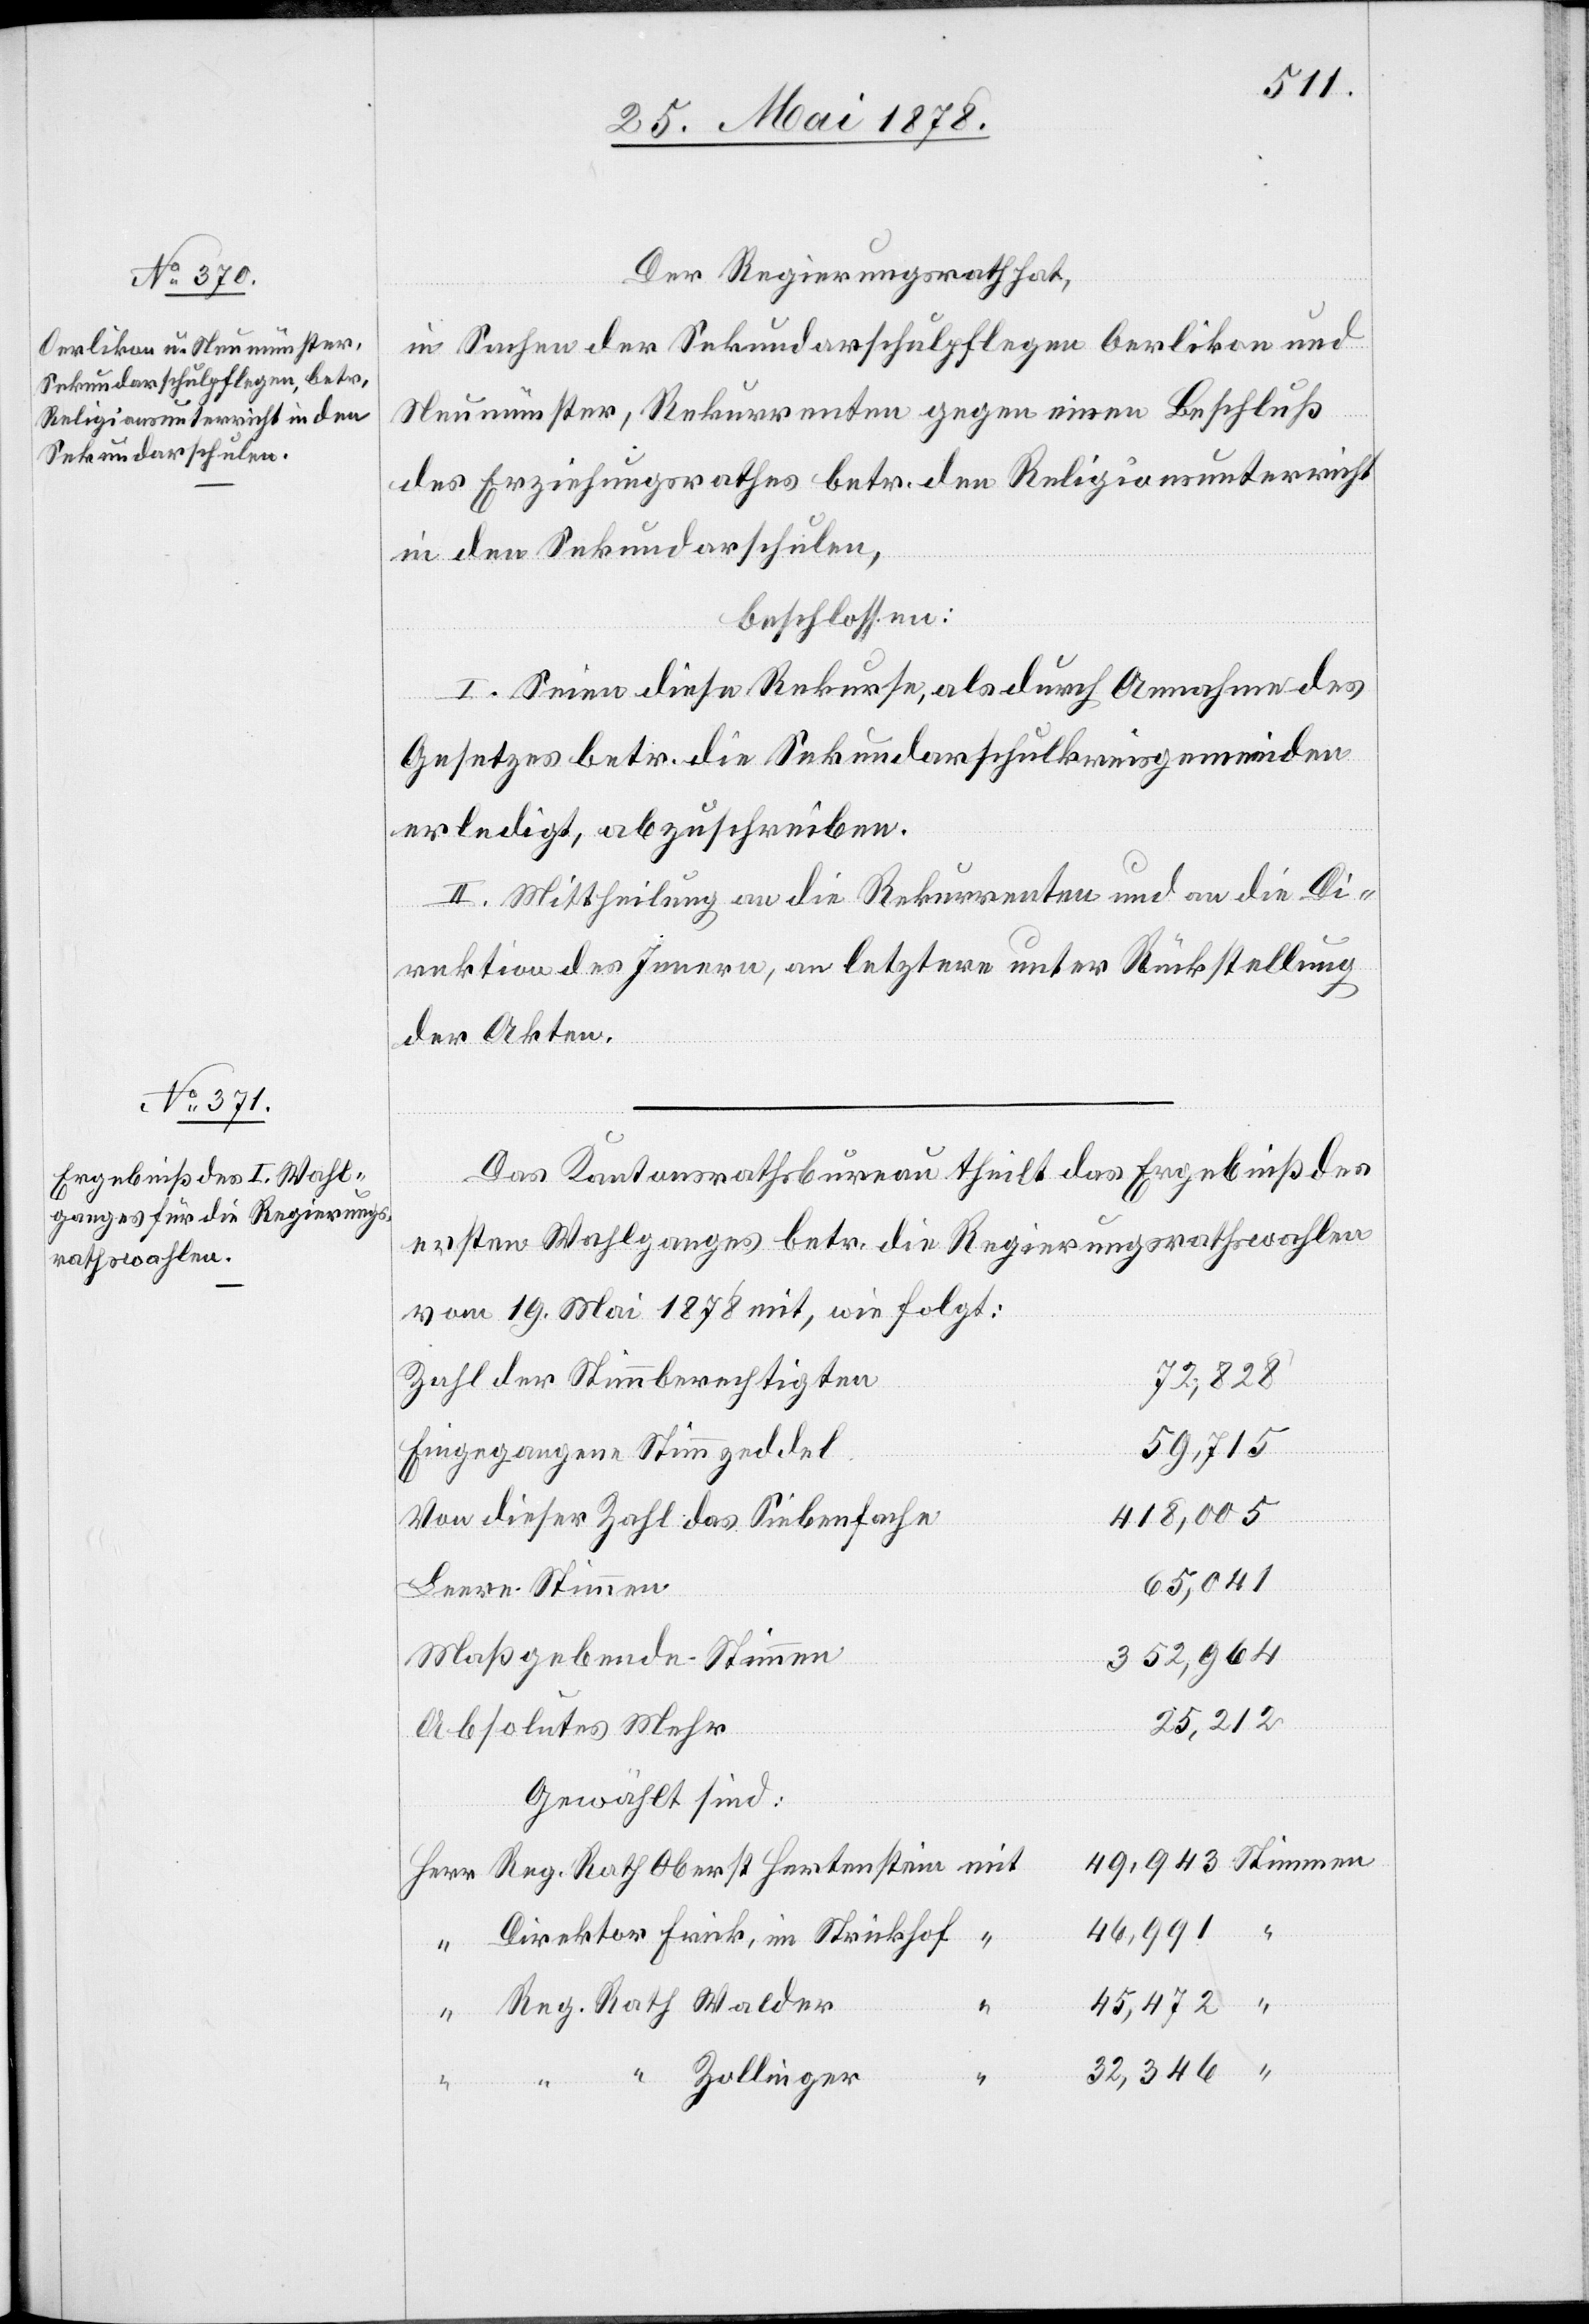
Der Regierungsrath hat,
in Sachen der Sekundarschulpflege Oerlikon und
Neumünster, Rekurrenten gegen einen Beschluß
des Erziehungsrathes betr. den Religionsunterricht
in den Sekundarschulen,
beschlossen:
I. Seien diese Rekurse, als durch Annahme des
Gesetzes betr. die Sekundarschulkreisgemeinden
erledigt, abzuschreiben.
II. Mittheilung an die Rekurrenten und an die Di¬
rektion des Innern, an letztere unter Rückstellung
der Akten.
Das Kantonsrathsbureau theilt das Ergebniß des
ersten Wahlganges betr. die Regierungsrathswahlen
vom 19. Mai 1878 mit, wie folgt:
Zahl der Stimmberechtigten
72,828
59,715
Eingegangene Stimmzeddel
418,005
Von dieser Zahl des Siebenfache
65,041
Leere Stimmen
Maßgebende Stimmen
352,964
25,212
Absolutes Mehr
Gewählt sind:
46,991
Direktor Frick, im Strickhof
45,472
Reg. Rath Walder
32,346
“ Zollinger
Reg.
men